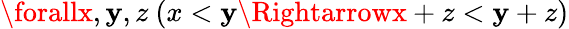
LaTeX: \forallx,\mathbf{y},z\ (x<\mathbf{y}\Rightarrowx+z<\mathbf{y}+z)